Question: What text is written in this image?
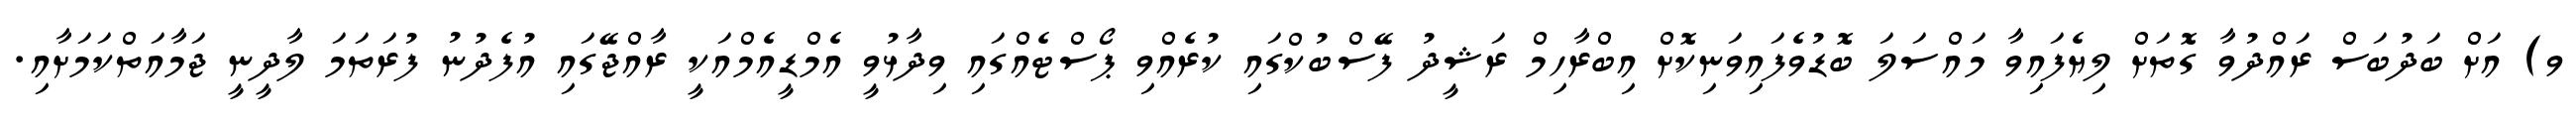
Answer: ވ) އަށް ބަދުބަސް ރައްދުވާ ގޮތަށް ލިޔެފައިވާ މައްސަލަ ބޮޑުވެފައިވަނިކޮށް އިބްރާހިމް ރަޝީދު ފޭސްބުކްގައި ކުރެއްވި ޕޯސްޓެއްގައި ވިދާޅުވީ އެމްޑީއެމްއަކީ ރާއްޖޭގައި އުފެދުނު ފުރަތަމަ ލާދީނީ ޖަމާއަތްކަމަށާއި.